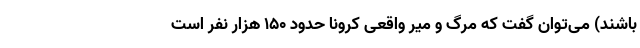
باشند) می‌توان گفت که مرگ و میر واقعی کرونا حدود ۱۵۰ هزار نفر است